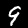
Digit: 9